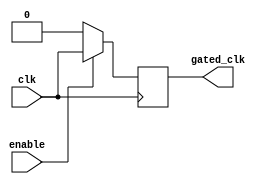
module clock_gating_buffer (
    input wire clk,      // Primary clock input
    input wire enable,   // Control signal for clock gating
    output reg gated_clk // Gated clock output
);

    always @(posedge clk) begin
        if (enable) begin
            gated_clk <= clk; // Pass through the clock when enabled
        end else begin
            gated_clk <= 1'b0; // Gated off the clock when disabled
        end
    end

endmodule